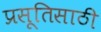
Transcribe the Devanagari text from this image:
प्रसूतिसाठी